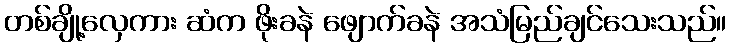
တစ်ချို့လှေကား ဆံက ဖိုးခနဲ ဖျောက်ခနဲ အသံမြည်ချင်သေးသည်။